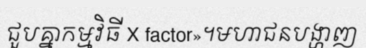
ជួបគ្នាកម្មវិធី X factor»។មហាជនបង្ហាញ